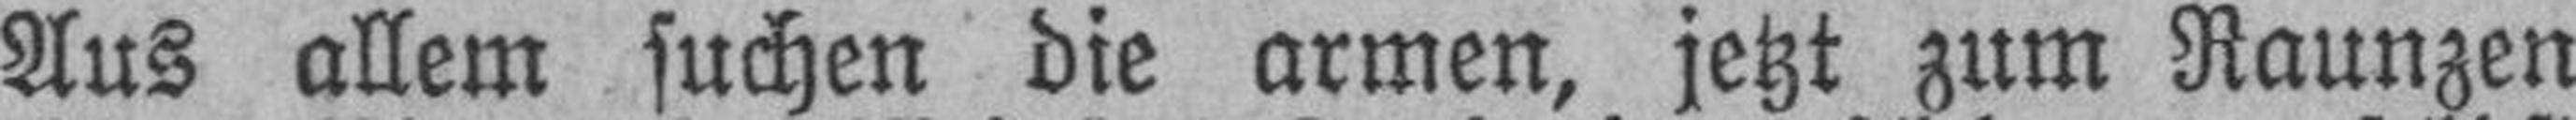
Aus allem suchen die armen, jetzt zum Raunzen